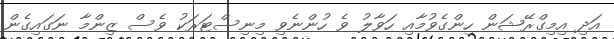
އަދި އިމިގްރޭޝަން ހިންގެވުމާއި ހަވާލު ވެ ހުންނެވި މިނިސްޓަރަކު ވެސް ޒިންމާ ނަގައިގެން